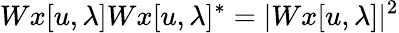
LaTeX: Wx[u,\lambda]Wx[u,\lambda]^{*}=|Wx[u,\lambda]|^{2}